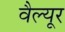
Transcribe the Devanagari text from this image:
वैल्यूर